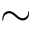
\sim